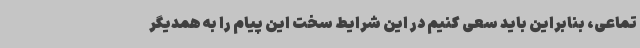
تماعی، بنابراین باید سعی کنیم در این شرایط سخت این پیام را به همدیگر